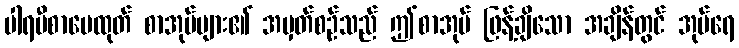
ပါရမီစာပေထုတ် စာအုပ်များ၏ အမှတ်စဉ်သည် ဤစာအုပ် ဖြန့်ချိသော အချိန်တွင် အုပ်ရေ